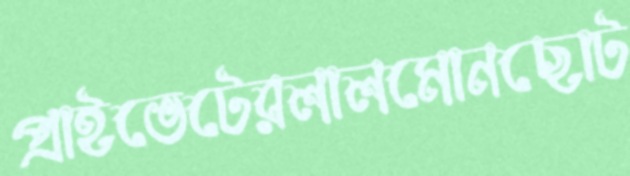
প্রাইভেটেরলালমোনছোট